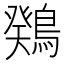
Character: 䳫